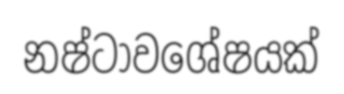
නෂ්ටාවශේෂයක්